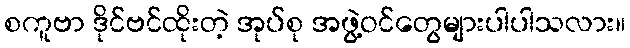
စကူဗာ ဒိုင်ဗင်ထိုးတဲ့ အုပ်စု အဖွဲ့ဝင်တွေများပါပါသလား။